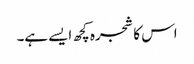
اس کا شجرہ کچھ ایسے ہے۔